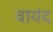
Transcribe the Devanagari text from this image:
वायंद